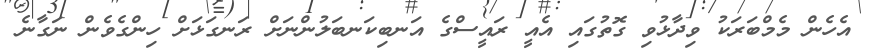
އެހެން މެމްބަރަކު ވިދާޅުވި ގޮތުގައި އެއީ ރައީސްގެ އަނބިކަނބަލުންނަށް ރަނގަޅަށް ހިންގެވެން ނަގާނެ